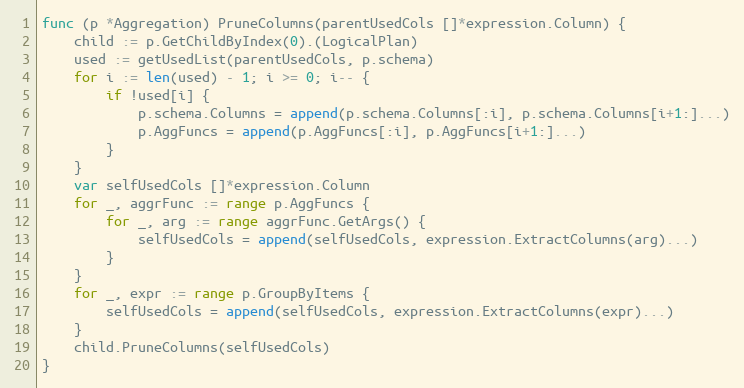
Language: Go
func (p *Aggregation) PruneColumns(parentUsedCols []*expression.Column) {
	child := p.GetChildByIndex(0).(LogicalPlan)
	used := getUsedList(parentUsedCols, p.schema)
	for i := len(used) - 1; i >= 0; i-- {
		if !used[i] {
			p.schema.Columns = append(p.schema.Columns[:i], p.schema.Columns[i+1:]...)
			p.AggFuncs = append(p.AggFuncs[:i], p.AggFuncs[i+1:]...)
		}
	}
	var selfUsedCols []*expression.Column
	for _, aggrFunc := range p.AggFuncs {
		for _, arg := range aggrFunc.GetArgs() {
			selfUsedCols = append(selfUsedCols, expression.ExtractColumns(arg)...)
		}
	}
	for _, expr := range p.GroupByItems {
		selfUsedCols = append(selfUsedCols, expression.ExtractColumns(expr)...)
	}
	child.PruneColumns(selfUsedCols)
}